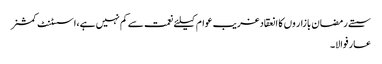
سستے رمضان بازار وں کا انعقادغریب عوام کیلئے نعمت سے کم نہیں ہے،اسسٹنٹ کمشنر
عارفوالا۔